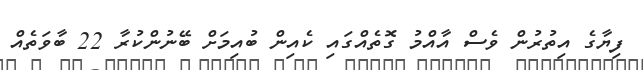
ފިޔާގެ އިތުރުން ވެސް އާއްމު ގޮތެއްގައި ކެއިން ބުއިމަށް ބޭނުންކުރާ 22 ބާވަތެއް